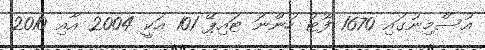
އުސްމިނުގައި 1670 ފޫޓު ހުންނަ ޓައިޕޭ 101 އަކީ 2004 އާއި 2010